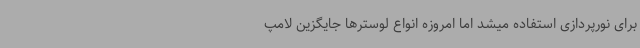
برای نورپردازی استفاده میشد اما امروزه انواع لوسترها جایگزین لامپ